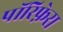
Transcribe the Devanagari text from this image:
पॉरिफ़ेरा